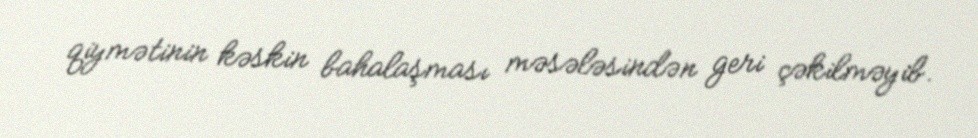
qiymətinin kəskin bahalaşması məsələsindən geri çəkilməyib.